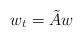
LaTeX: \begin{align*}w_t= \tilde{A}w\end{align*}